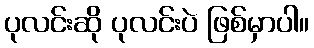
ပုလင်းဆို ပုလင်းပဲ ဖြစ်မှာပါ။